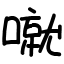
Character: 噈